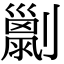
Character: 𠠌